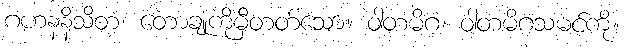
ဂဟနနိသိတံ၊ တောချုံကိုမှီတတ်သော။ ဝါတမိဂံ၊ ဝါတမိဂသမင်ကို။